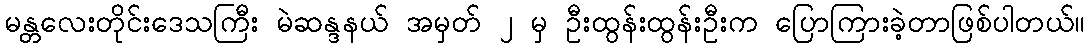
မန္တလေးတိုင်းဒေသကြီး မဲဆန္ဒနယ် အမှတ် ၂ မှ ဦးထွန်းထွန်းဦးက ပြောကြားခဲ့တာဖြစ်ပါတယ်။